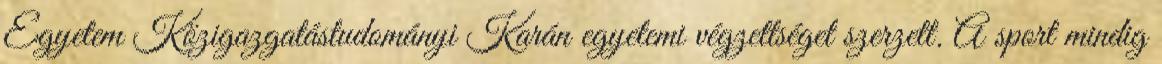
Egyetem Közigazgatástudományi Karán egyetemi végzettséget szerzett. A sport mindig